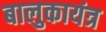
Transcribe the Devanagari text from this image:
बालुकायंत्र